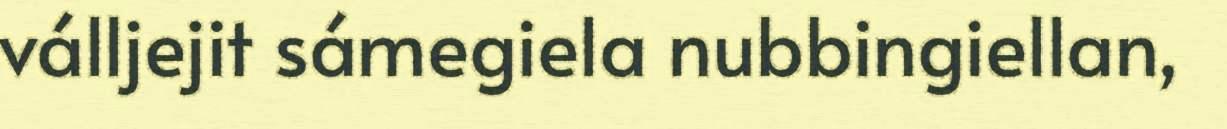
válljejit sámegiela nubbingiellan,